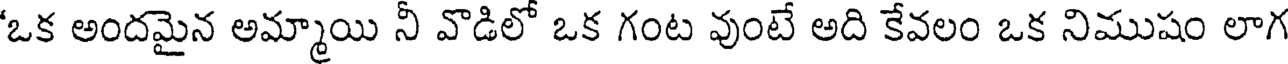
'ఒక అందమైన అమ్మాయి నీ వొడిలో ఒక గంట వుంటే అది కేవలం ఒక నిముషం లాగ